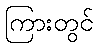
ကြားတွင်